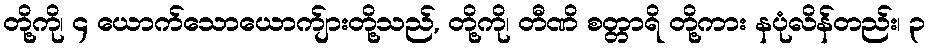
တို့ကို၊ ၄ ယောက်သောယောက်ျားတို့သည်, တို့ကို၊ တီဏိ စတ္တာရိ တို့ကား နပုံလိန်တည်း၊ ၃